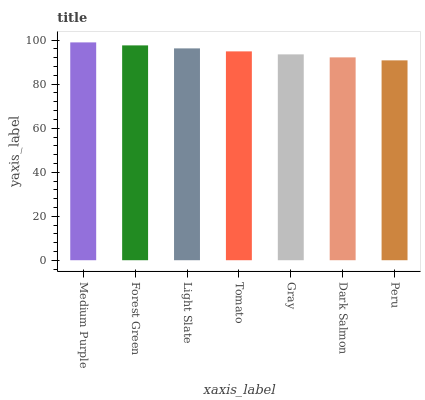
| xaxis_label | bars |
 | --- | --- |
 | Medium Purple | 99 |
 | Forest Green | 97.6 |
 | Light Slate | 96.3 |
 | Tomato | 94.9 |
 | Gray | 93.6 |
 | Dark Salmon | 92.2 |
 | Peru | 90.8 |